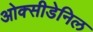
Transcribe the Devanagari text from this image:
ओक्सीडेनिल